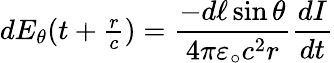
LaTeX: dE_{\theta}(t+\textstyle{\frac{r}{c}})=\displaystyle{\frac{-d\ell\sin\theta}{4\pi\varepsilon_{\circ}c^{2}r}}{\frac{dI}{dt}}